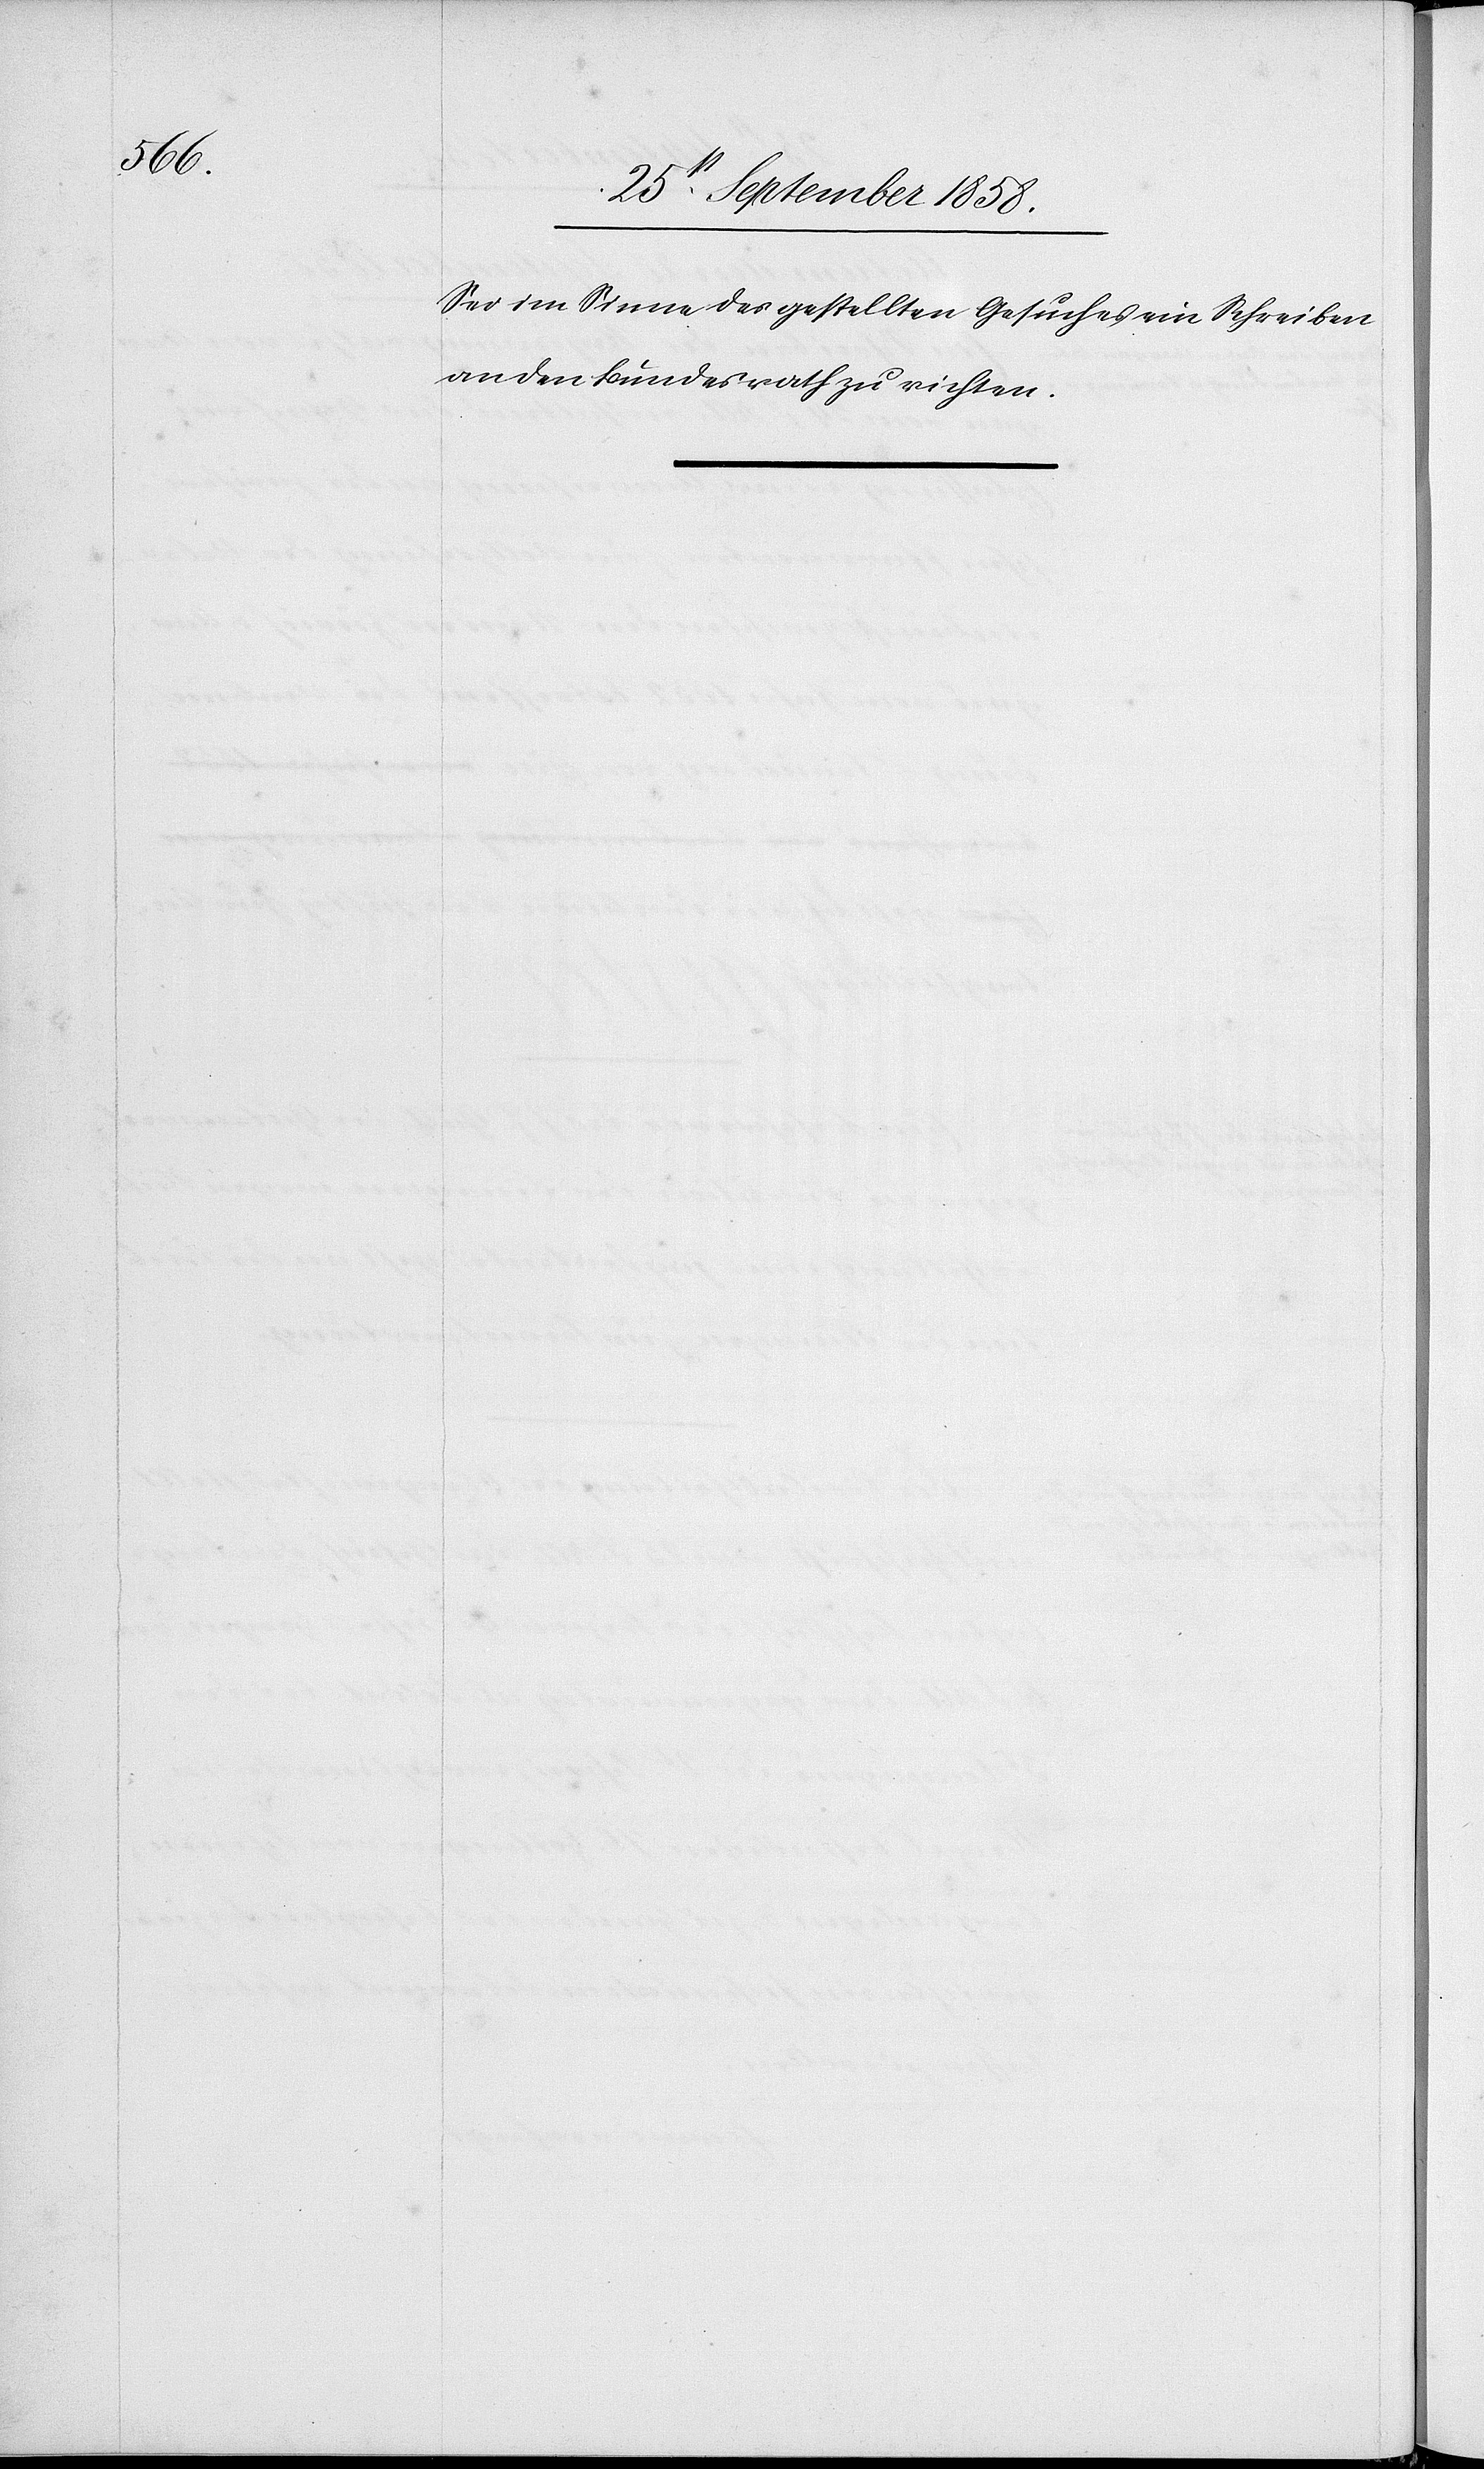
Sei im Sinne des gestellten Gesuches ein Schreiben
an den Bundesrath zu richten.